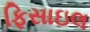
ફિસાઇલ